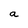
Character: a